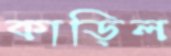
কাড়িল